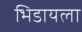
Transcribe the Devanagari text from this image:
भिडायला